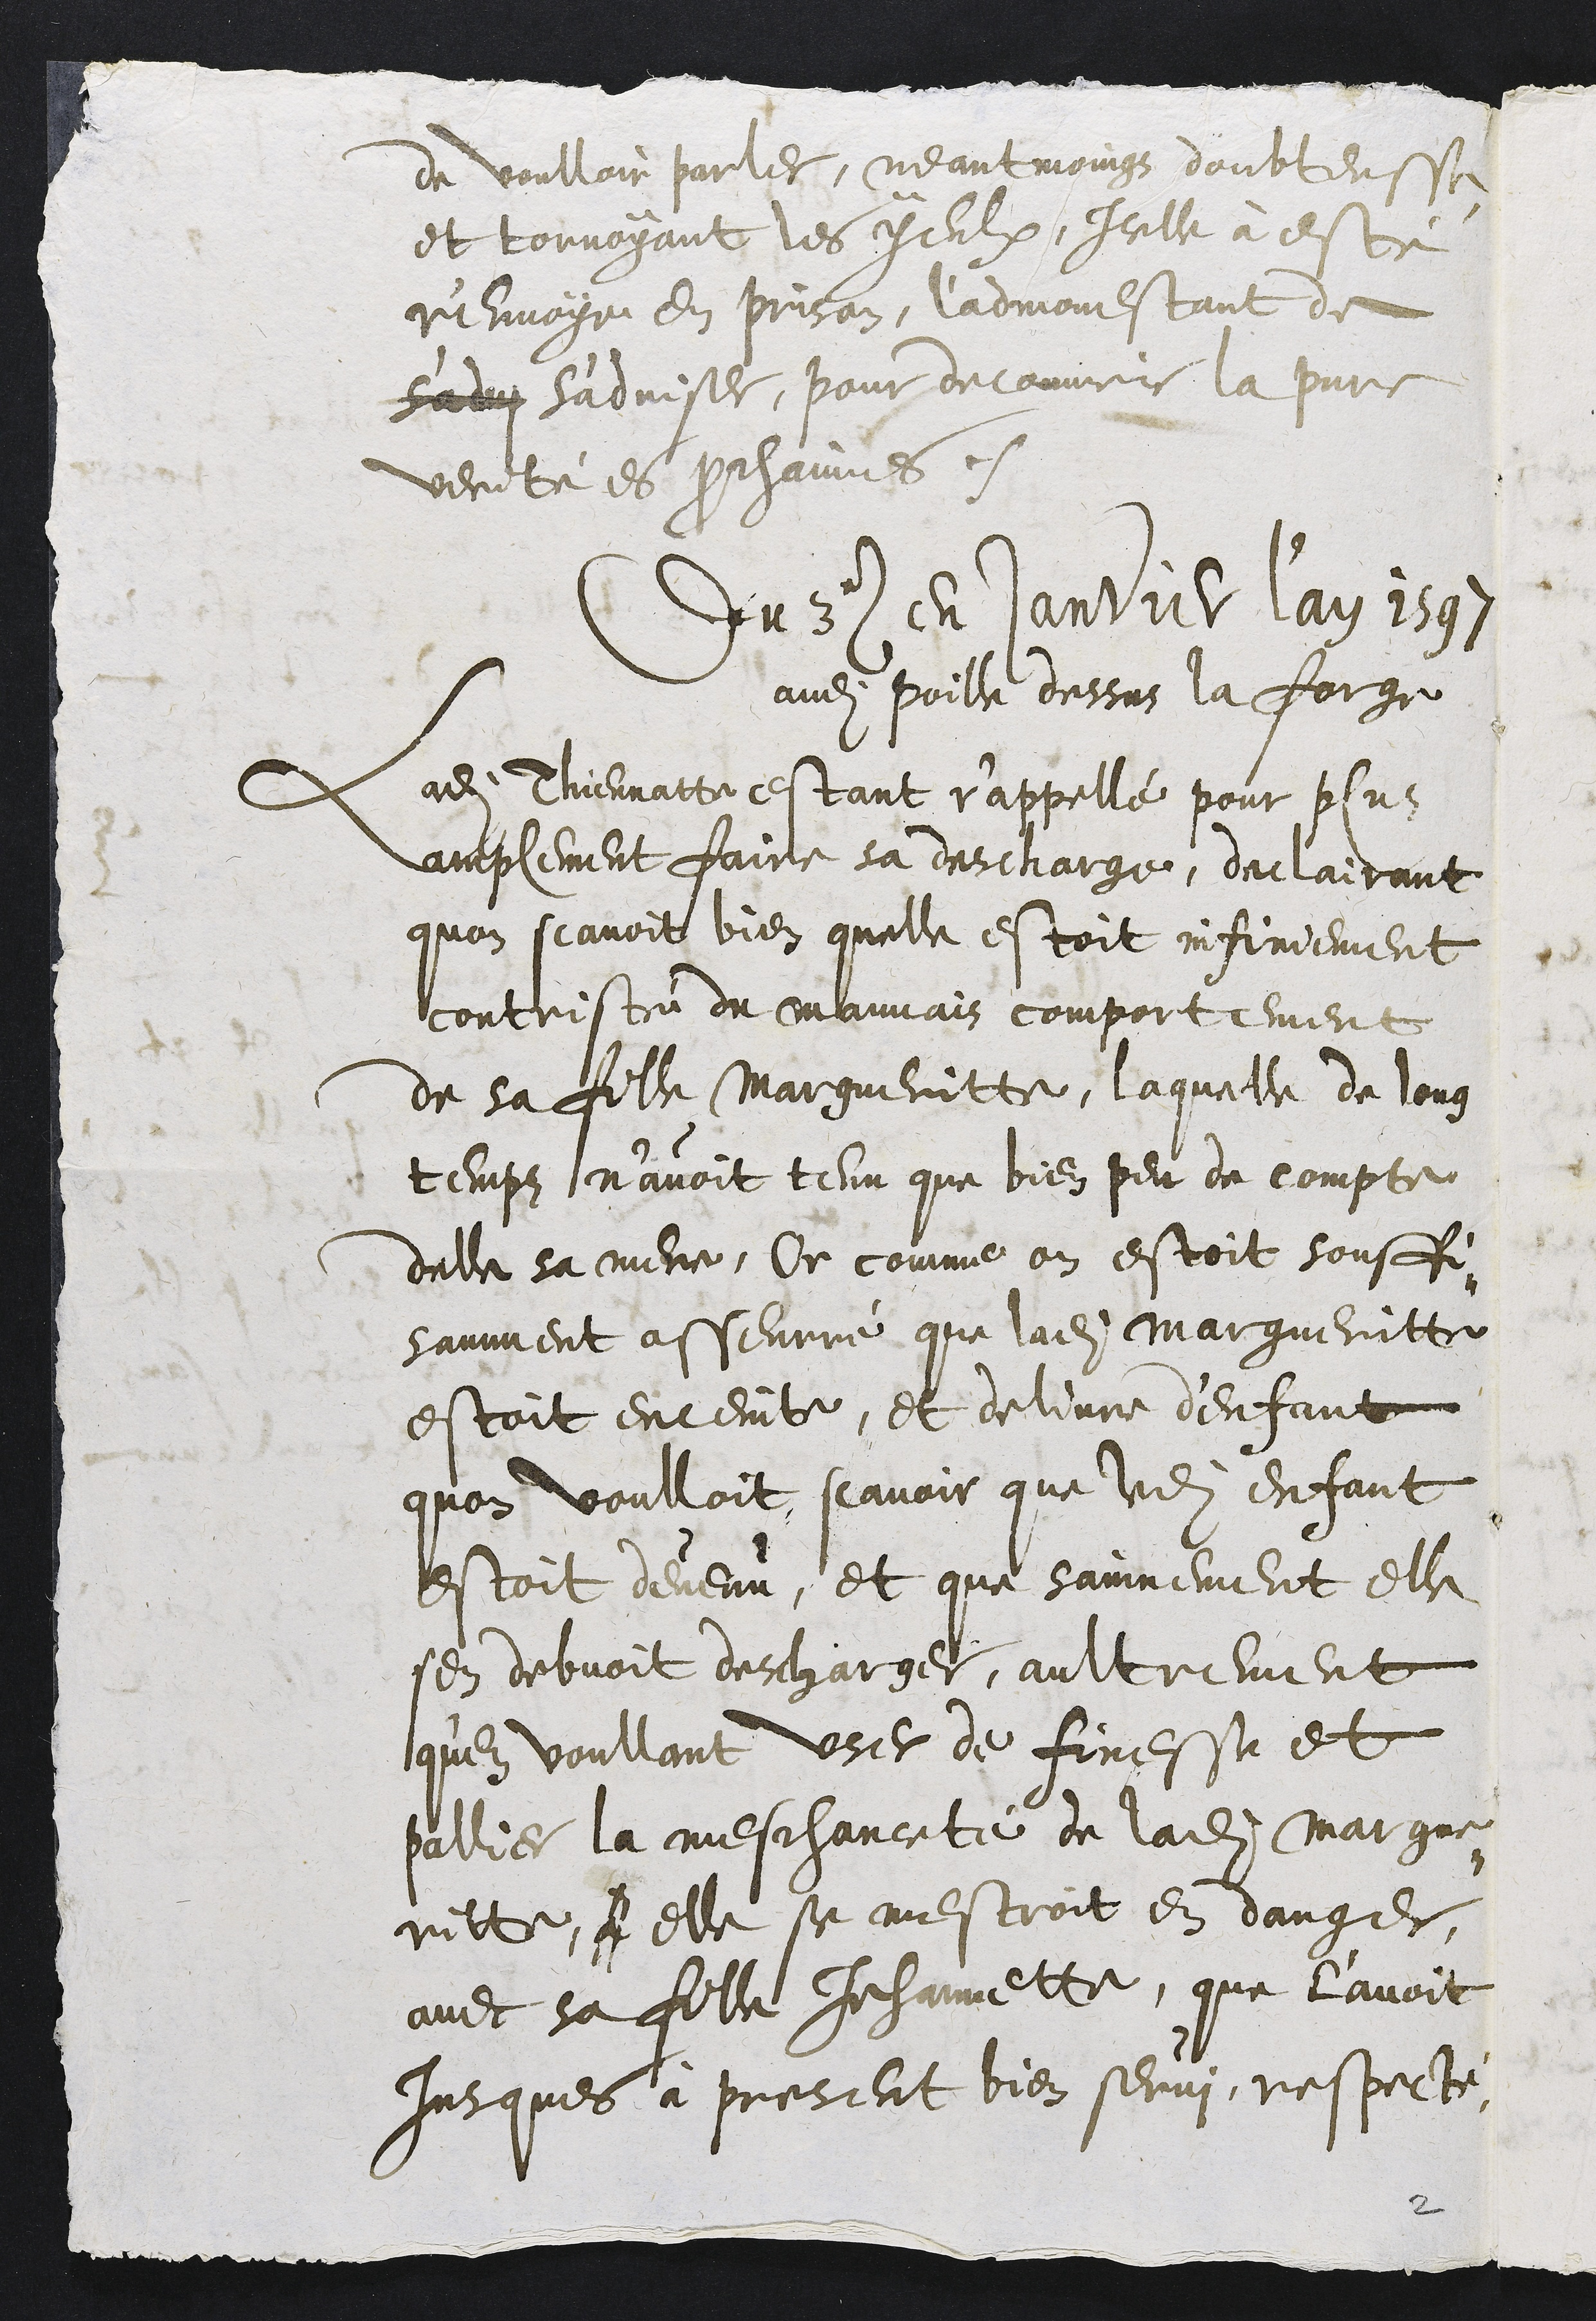
de voulloir parler, neantmoings doubteusse
et tornoyant les yeulx, Icelle à esté
r'envoye en prison, l'admonestant de
s'advi s'adviser, pour decouvrir la pure
verité es prochaines
Du 3 e en janvier lan 1597
audit poille dessus la forge
Ladite Thiennatte estant r'appellé pour plus
amplement faire sa descharge, declairant
quon scavoit bien quelle estoit infiniement
contristé du mauvais comportement
de sa fille Margueritte, laquelle de long
temps n'avoit tenu que bien peu de compte
delle sa mere, Or comme on estoit souffi-
samment asseurré que ladite Margueritte
estoit enceinte, et delivre d'enfant
quon voulloit scavoir que ledit enffant
estoit devenu, et que sainnement elle
sen debvoit descharger, aultrement
qu'en voullant user de finesse et
pallier la meschanceté de ladite Margue-
ritte, a elle se mestroit en danger
avec sa fille Jehannette, que l'avoit
jusques à present bien servi, respecté
2